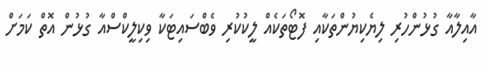
އާއިލާއާ ގުޅުންހުރި ލިޔެކިޔުންތަކާއި ފޮޓޯތަކެއް ލީކުކުރި ވެބްސައިޓަކާ ވިކިލީކްސްއާ ގުޅުން އޮތް ކަމަށް